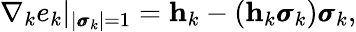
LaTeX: \nabla_{k}e_{k}|_{|\pmb{\sigma}_{k}|=1}=\mathbf h_{k}-(\mathbf h_{k}\pmb{\sigma}_{k})\pmb{\sigma}_{k},